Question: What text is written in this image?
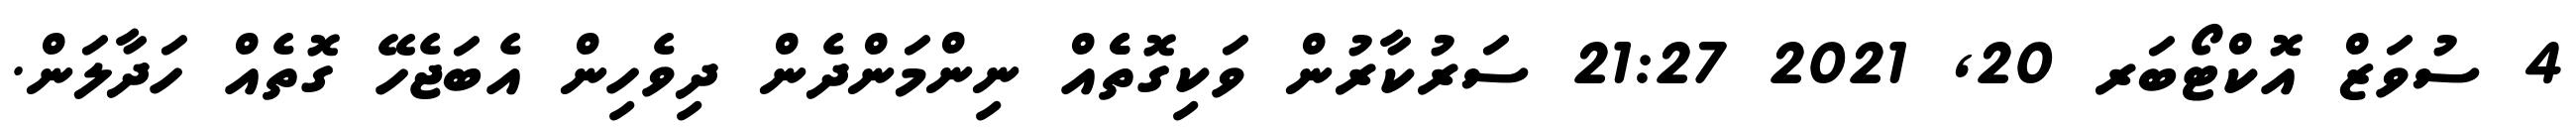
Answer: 4 ސުވަޒް އޮކްޓޯބަރ 20, 2021 21:27 ސަރުކާރުން ވަކިގޮތެެއް ނިންމަންދެން ދިވެހިން އެބަޖެހޭ ގޮތެއް ހަދާލަން.